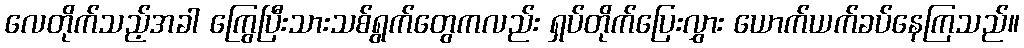
လေတိုက်သည့်အခါ ကြွေပြီးသားသစ်ရွက်တွေကလည်း ရှပ်တိုက်ပြေးလွှား ယောက်ယက်ခပ်နေကြသည်။